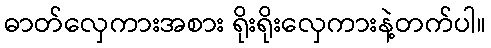
ဓာတ်လှေကားအစား ရိုးရိုးလှေကားနဲ့တက်ပါ။